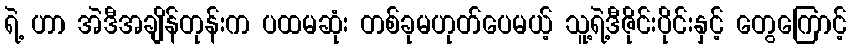
ရဲ့ ဟာ အဲဒီအချိန်တုန်းက ပထမဆုံး တစ်ခုမဟုတ်ပေမယ့် သူ့ရဲ့ဒီဇိုင်းပိုင်းနှင့် တွေကြောင့်